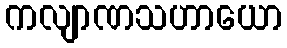
ကလျာဏသဟာယော